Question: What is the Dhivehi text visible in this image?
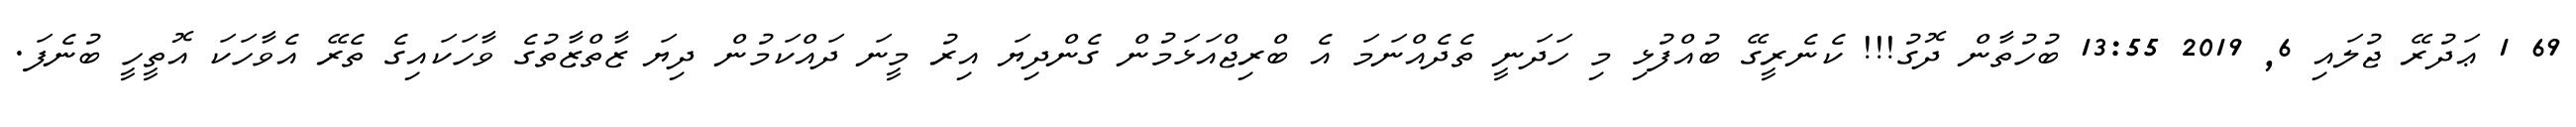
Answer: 69 1 ޢަދުރޭ ޖުލައި 6, 2019 13:55 ބުހުތާން ދޮގު!!! ކެނެރީގޭ ބުއްފުޅި މި ހަދަނީ ތެދެއްނަމަ އެ ބްރިޖްއަޅަމުން ގެންދިޔަ އިރު މީނަ ދައްކަމުން ދިޔަ ޒާތްޒާތުގެ ވާހަކައިގެ ތެރޭ އެވާހަކަ އޮތީހީ ބުނެފަ.